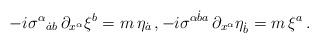
LaTeX: \begin{align*}-i\sigma^\alpha{}_{\dot ab}\,\partial_{x^\alpha}\xi^b=m\,\eta_{\dot a}\,,-i\sigma^{\alpha\dot ba}\,\partial_{x^\alpha}\eta_{\dot b}=m\,\xi^a\,.\end{align*}